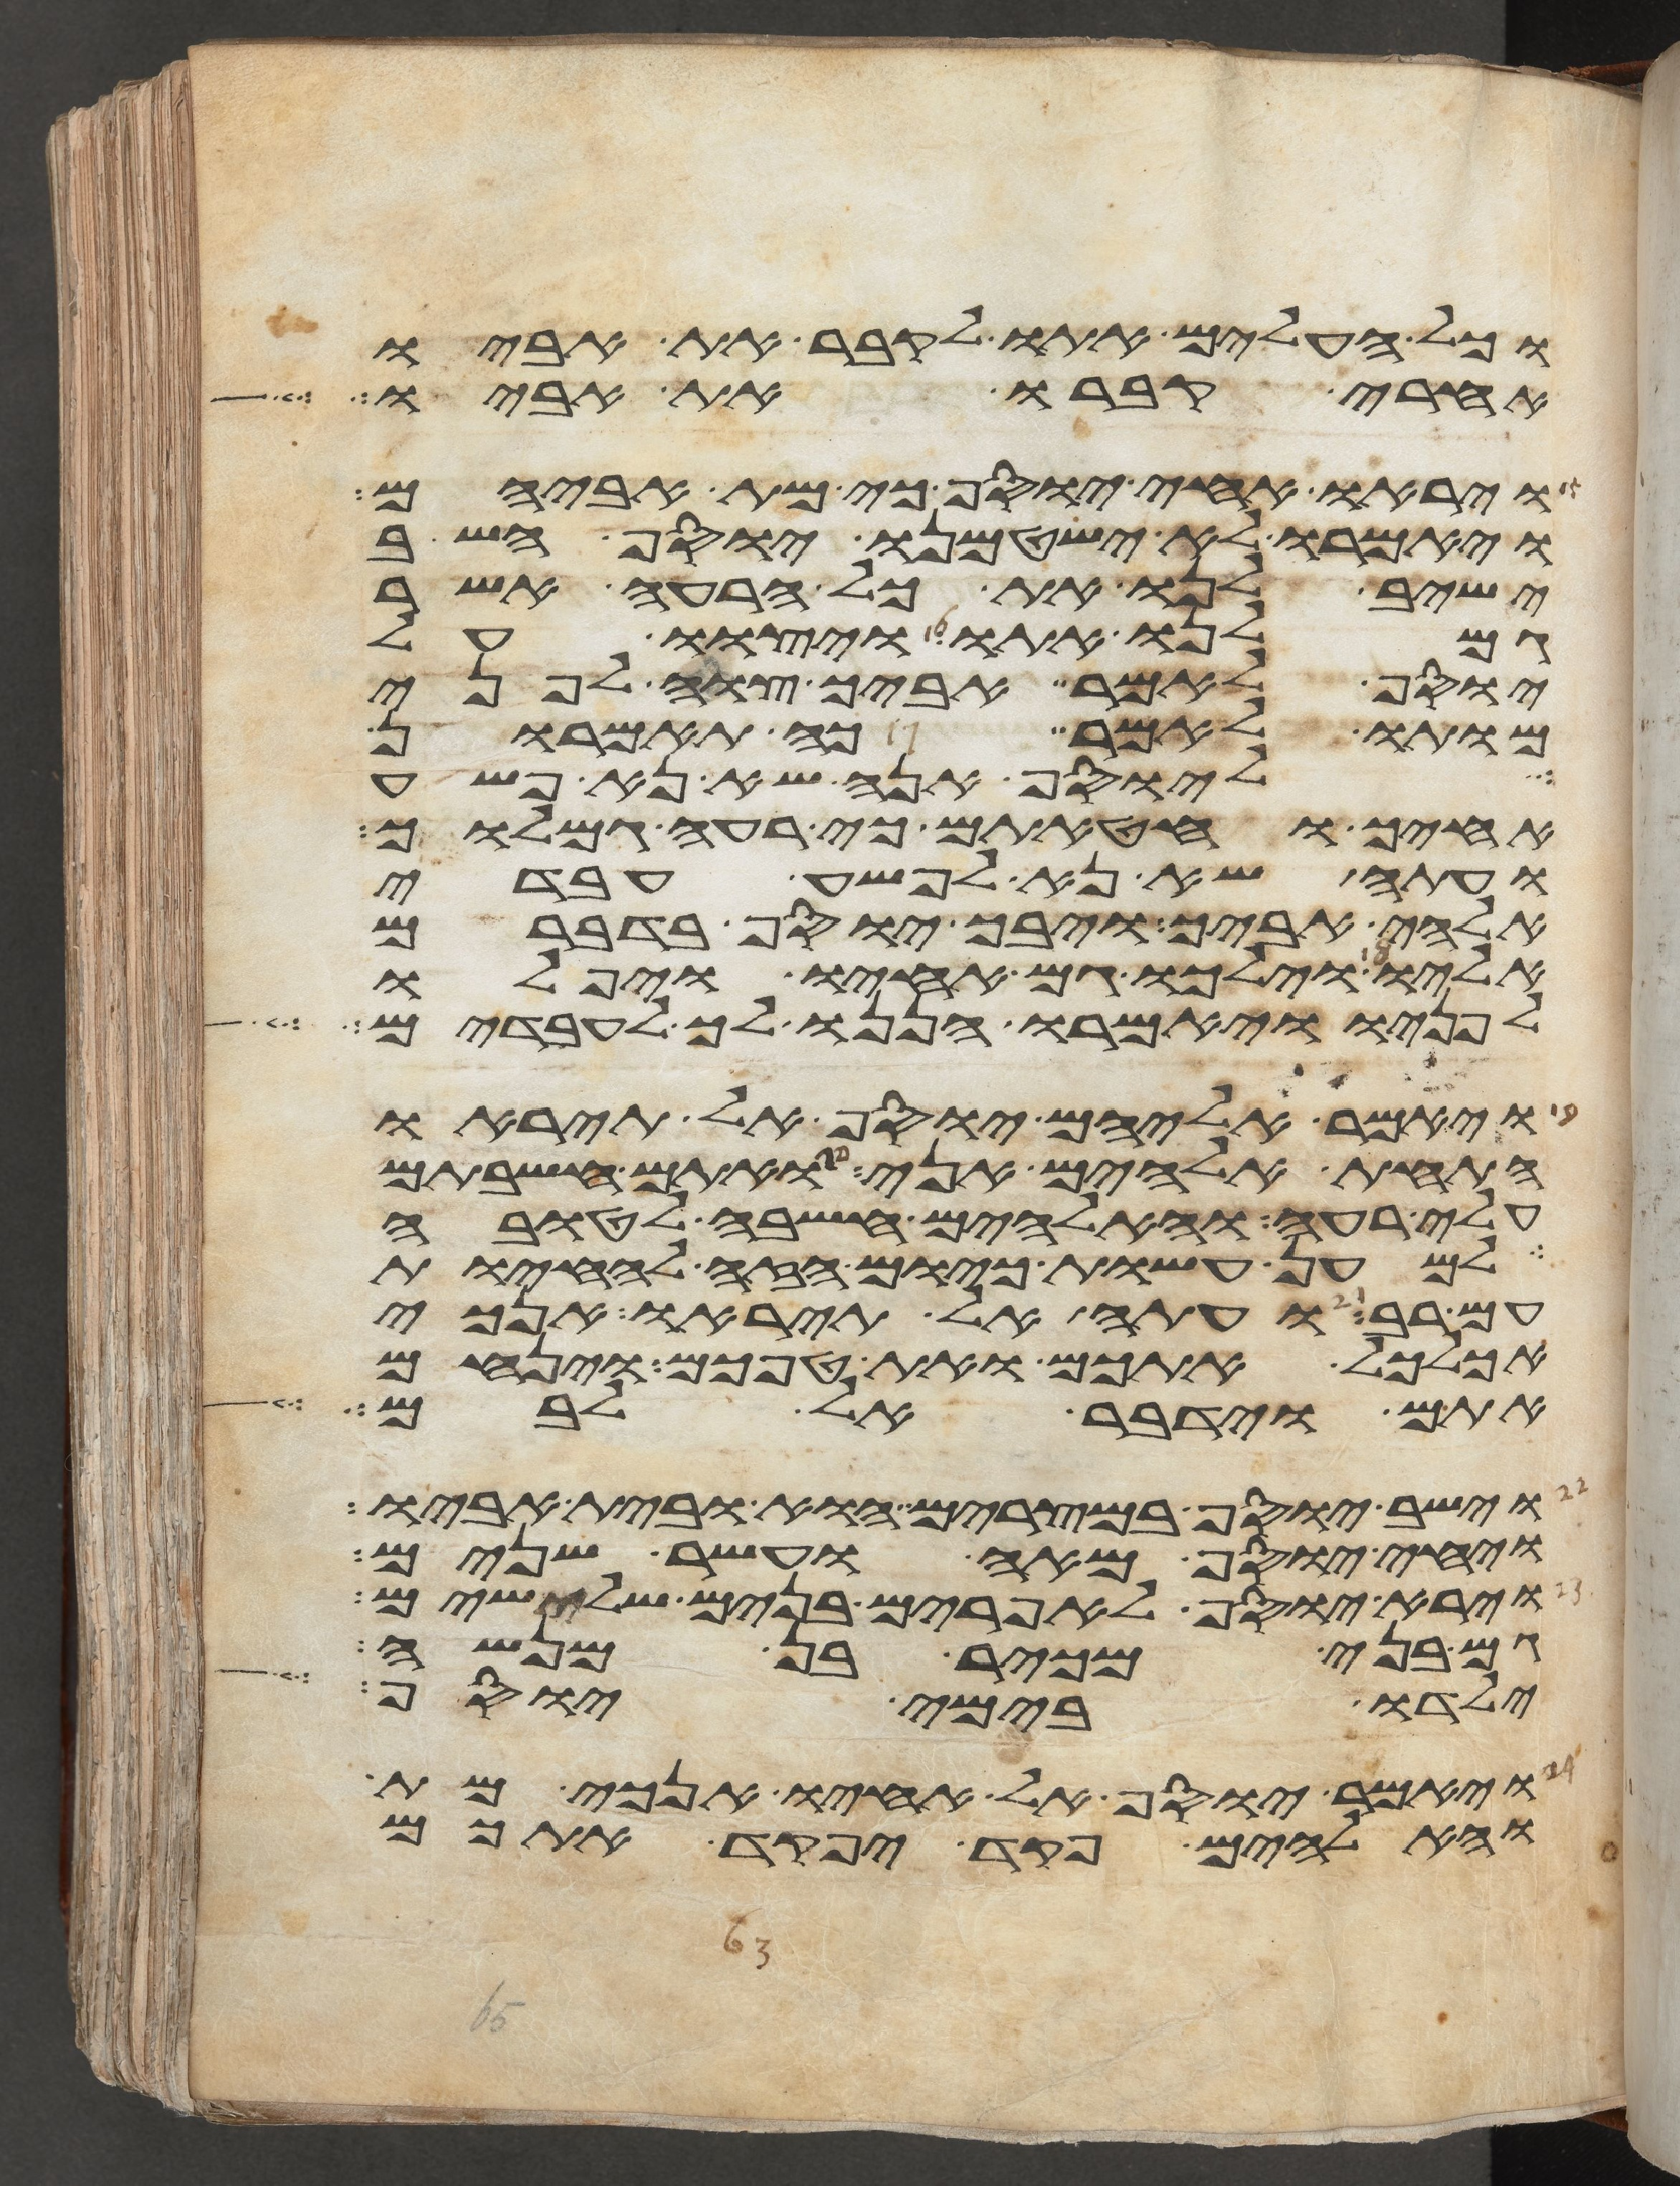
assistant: וכל העלים אתו לקבר את אביו
אחרי קברו את אביו
ויראו אחי יוסף כי מת אביהם
ויאמרו לא ישטמנו יוסף השב
ישיב לנו את כל הרעה אשר
גמלנו אתו ויצוו על
יוסף לאמר אביך צוה לפני
מותו לאמר כה תאמרון
ליוסף אנה שא נא פשע
אחיך וחטאתם כי רעה גמלוך
ועתה שא נא לפשע עבדי
אלהי אביך ויבך יוסף בדברם
אליו וילכו גם אחיו ויפלו
לפניו ויאמרו הננו לך לעבדים
ויאמר אליהם יוסף אל תיראו
התחת אלהים אני אתם חשבתם
עלי רעה והאלהים חשבה לטובה
למען עשות כיום הזה להחיות
עם רב ועתה אל תיראו אנכי
אכלכל אתכם ואת טפכם וינחם
אתם וידבר אל לבם
וישב יוסף במצרים הוא ובית אביו
ויחי יוסף מאה ועשר שנים
וירא יוסף לאפרים בנים שלישים
גם בני מכיר בן מנשה
ילדו בימי יוסף
ויאמר יוסף אל אחיו אנכי מת
והאלהים פקד יפקד אתכם